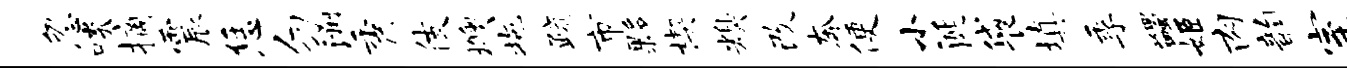
忽啖摘震恁勿洲秀伎燠拖疏市夥楔糗改奔便小涎袋填季蠲姬肉韵室